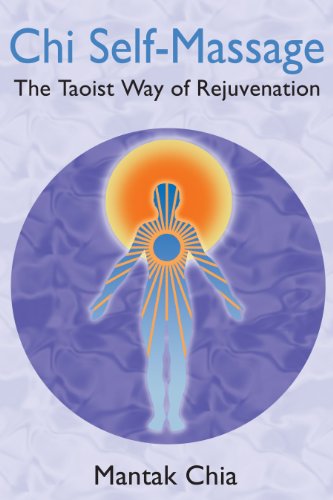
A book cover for Chi Self-Massage: The Taoist Way of Rejuvenation; Mantak Chia; Health, Fitness & Dieting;